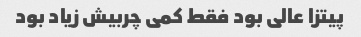
پیتزا عالی بود فقط کمی چربیش زیاد بود